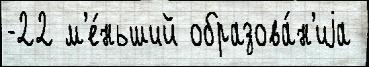
-22 м'е́ньший образова́н'иjа